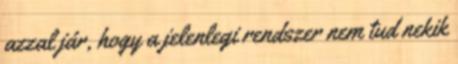
azzal jár, hogy a jelenlegi rendszer nem tud nekik